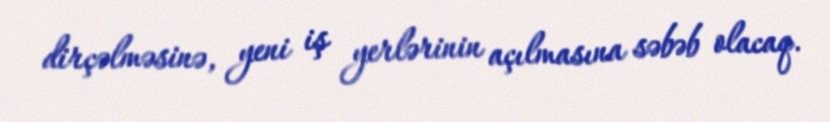
dirçəlməsinə, yeni iş yerlərinin açılmasına səbəb olacaq.